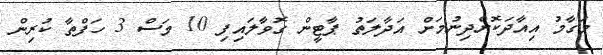
މަގާމު އިއާދަކޮށްދިނުމަށް އަދާލަތު ޕާޓީން ގޮވާލައިފި 10 މަސް 3 ހަފްތާ ކުރިން